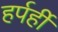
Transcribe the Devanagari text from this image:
हर्पर्ही